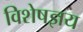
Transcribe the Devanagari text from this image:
विशेषज्ञय